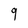
Character: 9